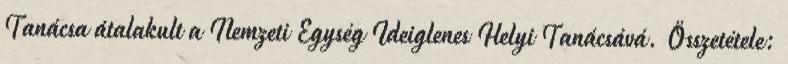
Tanácsa átalakult a Nemzeti Egység Ideiglenes Helyi Tanácsává. Összetétele: